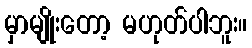
မှာမျိုးတော့ မဟုတ်ပါဘူး။